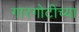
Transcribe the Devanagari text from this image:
गारगोटीच्या